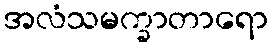
အလံသမက္ခာတာရော